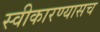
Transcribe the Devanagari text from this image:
स्वीकारण्यासच